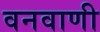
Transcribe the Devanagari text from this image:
वनवाणी